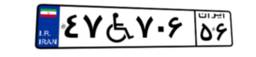
۴۷W۷۰۶۵۶